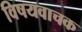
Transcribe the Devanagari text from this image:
विषयवाचक